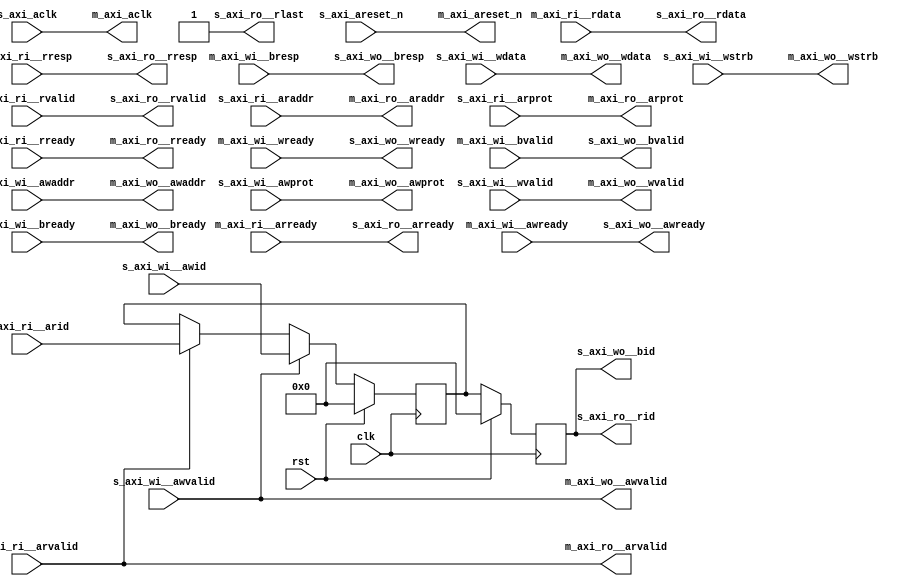
/* Generated by Yosys 0.8+     369 (git sha1 ea0e0722, clang 10.0.1 -fPIC -Os) */

(* \nmigen.hierarchy  = "top" *)
(* top =  1  *)
(* generator = "nMigen" *)
module top(s_axi_ri__arid, s_axi_wi__awvalid, s_axi_wi__awid, s_axi_aclk, s_axi_areset_n, m_axi_ri__arready, m_axi_ri__rdata, m_axi_ri__rresp, m_axi_ri__rvalid, s_axi_ri__araddr, s_axi_ri__arprot, s_axi_ri__rready, m_axi_wi__awready, m_axi_wi__wready, m_axi_wi__bresp, m_axi_wi__bvalid, s_axi_wi__awaddr, s_axi_wi__awprot, s_axi_wi__wdata, s_axi_wi__wstrb, s_axi_wi__wvalid, s_axi_wi__bready, rst, clk, s_axi_ro__arready, s_axi_ro__rid, s_axi_ro__rdata, s_axi_ro__rlast, s_axi_ro__rresp, s_axi_ro__rvalid, s_axi_wo__awready, s_axi_wo__wready, s_axi_wo__bid, s_axi_wo__bresp, s_axi_wo__bvalid, m_axi_ro__araddr, m_axi_ro__arprot, m_axi_ro__arvalid, m_axi_ro__rready, m_axi_wo__awaddr, m_axi_wo__awprot, m_axi_wo__awvalid, m_axi_wo__wdata, m_axi_wo__wstrb, m_axi_wo__wvalid, m_axi_wo__bready, m_axi_aclk, m_axi_areset_n, s_axi_ri__arvalid);
  (* src = "axi_lite.py:53" *)
  reg \$next\m_axi_aclk ;
  (* src = "axi_lite.py:54" *)
  reg \$next\m_axi_areset_n ;
  (* src = "nmigen/hdl/rec.py:84" *)
  reg [31:0] \$next\m_axi_ro__araddr ;
  (* src = "nmigen/hdl/rec.py:84" *)
  reg [2:0] \$next\m_axi_ro__arprot ;
  (* src = "nmigen/hdl/rec.py:84" *)
  reg \$next\m_axi_ro__arvalid ;
  (* src = "nmigen/hdl/rec.py:84" *)
  reg \$next\m_axi_ro__rready ;
  (* src = "nmigen/hdl/rec.py:84" *)
  reg [31:0] \$next\m_axi_wo__awaddr ;
  (* src = "nmigen/hdl/rec.py:84" *)
  reg [2:0] \$next\m_axi_wo__awprot ;
  (* src = "nmigen/hdl/rec.py:84" *)
  reg \$next\m_axi_wo__awvalid ;
  (* src = "nmigen/hdl/rec.py:84" *)
  reg \$next\m_axi_wo__bready ;
  (* src = "nmigen/hdl/rec.py:84" *)
  reg [31:0] \$next\m_axi_wo__wdata ;
  (* src = "nmigen/hdl/rec.py:84" *)
  reg [3:0] \$next\m_axi_wo__wstrb ;
  (* src = "nmigen/hdl/rec.py:84" *)
  reg \$next\m_axi_wo__wvalid ;
  (* src = "axi_lite.py:97" *)
  reg [11:0] \$next\rwid ;
  (* src = "nmigen/hdl/rec.py:84" *)
  reg \$next\s_axi_ro__arready ;
  (* src = "nmigen/hdl/rec.py:84" *)
  reg [31:0] \$next\s_axi_ro__rdata ;
  (* src = "nmigen/hdl/rec.py:84" *)
  reg [11:0] \$next\s_axi_ro__rid ;
  (* src = "nmigen/hdl/rec.py:84" *)
  reg \$next\s_axi_ro__rlast ;
  (* src = "nmigen/hdl/rec.py:84" *)
  reg [1:0] \$next\s_axi_ro__rresp ;
  (* src = "nmigen/hdl/rec.py:84" *)
  reg \$next\s_axi_ro__rvalid ;
  (* src = "nmigen/hdl/rec.py:84" *)
  reg \$next\s_axi_wo__awready ;
  (* src = "nmigen/hdl/rec.py:84" *)
  reg [11:0] \$next\s_axi_wo__bid ;
  (* src = "nmigen/hdl/rec.py:84" *)
  reg [1:0] \$next\s_axi_wo__bresp ;
  (* src = "nmigen/hdl/rec.py:84" *)
  reg \$next\s_axi_wo__bvalid ;
  (* src = "nmigen/hdl/rec.py:84" *)
  reg \$next\s_axi_wo__wready ;
  (* init = 1'h0 *)
  reg \$verilog_initial_trigger  = 1'h0;
  (* src = "nmigen/hdl/ir.py:329" *)
  input clk;
  (* src = "axi_lite.py:53" *)
  output m_axi_aclk;
  (* src = "axi_lite.py:54" *)
  output m_axi_areset_n;
  (* src = "nmigen/hdl/rec.py:84" *)
  input m_axi_ri__arready;
  (* src = "nmigen/hdl/rec.py:84" *)
  input [31:0] m_axi_ri__rdata;
  (* src = "nmigen/hdl/rec.py:84" *)
  input [1:0] m_axi_ri__rresp;
  (* src = "nmigen/hdl/rec.py:84" *)
  input m_axi_ri__rvalid;
  (* src = "nmigen/hdl/rec.py:84" *)
  output [31:0] m_axi_ro__araddr;
  (* src = "nmigen/hdl/rec.py:84" *)
  output [2:0] m_axi_ro__arprot;
  (* src = "nmigen/hdl/rec.py:84" *)
  output m_axi_ro__arvalid;
  (* src = "nmigen/hdl/rec.py:84" *)
  output m_axi_ro__rready;
  (* src = "nmigen/hdl/rec.py:84" *)
  input m_axi_wi__awready;
  (* src = "nmigen/hdl/rec.py:84" *)
  input [1:0] m_axi_wi__bresp;
  (* src = "nmigen/hdl/rec.py:84" *)
  input m_axi_wi__bvalid;
  (* src = "nmigen/hdl/rec.py:84" *)
  input m_axi_wi__wready;
  (* src = "nmigen/hdl/rec.py:84" *)
  output [31:0] m_axi_wo__awaddr;
  (* src = "nmigen/hdl/rec.py:84" *)
  output [2:0] m_axi_wo__awprot;
  (* src = "nmigen/hdl/rec.py:84" *)
  output m_axi_wo__awvalid;
  (* src = "nmigen/hdl/rec.py:84" *)
  output m_axi_wo__bready;
  (* src = "nmigen/hdl/rec.py:84" *)
  output [31:0] m_axi_wo__wdata;
  (* src = "nmigen/hdl/rec.py:84" *)
  output [3:0] m_axi_wo__wstrb;
  (* src = "nmigen/hdl/rec.py:84" *)
  output m_axi_wo__wvalid;
  (* src = "nmigen/hdl/ir.py:329" *)
  input rst;
  (* init = 12'h000 *)
  (* src = "axi_lite.py:97" *)
  reg [11:0] rwid = 12'h000;
  (* src = "axi_lite.py:43" *)
  input s_axi_aclk;
  (* src = "axi_lite.py:44" *)
  input s_axi_areset_n;
  (* src = "nmigen/hdl/rec.py:84" *)
  input [31:0] s_axi_ri__araddr;
  (* src = "nmigen/hdl/rec.py:84" *)
  input [11:0] s_axi_ri__arid;
  (* src = "nmigen/hdl/rec.py:84" *)
  input [2:0] s_axi_ri__arprot;
  (* src = "nmigen/hdl/rec.py:84" *)
  input s_axi_ri__arvalid;
  (* src = "nmigen/hdl/rec.py:84" *)
  input s_axi_ri__rready;
  (* src = "nmigen/hdl/rec.py:84" *)
  output s_axi_ro__arready;
  (* src = "nmigen/hdl/rec.py:84" *)
  output [31:0] s_axi_ro__rdata;
  (* init = 12'h000 *)
  (* src = "nmigen/hdl/rec.py:84" *)
  output [11:0] s_axi_ro__rid;
  reg [11:0] s_axi_ro__rid = 12'h000;
  (* src = "nmigen/hdl/rec.py:84" *)
  output s_axi_ro__rlast;
  (* src = "nmigen/hdl/rec.py:84" *)
  output [1:0] s_axi_ro__rresp;
  (* src = "nmigen/hdl/rec.py:84" *)
  output s_axi_ro__rvalid;
  (* src = "nmigen/hdl/rec.py:84" *)
  input [31:0] s_axi_wi__awaddr;
  (* src = "nmigen/hdl/rec.py:84" *)
  input [11:0] s_axi_wi__awid;
  (* src = "nmigen/hdl/rec.py:84" *)
  input [2:0] s_axi_wi__awprot;
  (* src = "nmigen/hdl/rec.py:84" *)
  input s_axi_wi__awvalid;
  (* src = "nmigen/hdl/rec.py:84" *)
  input s_axi_wi__bready;
  (* src = "nmigen/hdl/rec.py:84" *)
  input [31:0] s_axi_wi__wdata;
  (* src = "nmigen/hdl/rec.py:84" *)
  input [3:0] s_axi_wi__wstrb;
  (* src = "nmigen/hdl/rec.py:84" *)
  input s_axi_wi__wvalid;
  (* src = "nmigen/hdl/rec.py:84" *)
  output s_axi_wo__awready;
  (* init = 12'h000 *)
  (* src = "nmigen/hdl/rec.py:84" *)
  output [11:0] s_axi_wo__bid;
  reg [11:0] s_axi_wo__bid = 12'h000;
  (* src = "nmigen/hdl/rec.py:84" *)
  output [1:0] s_axi_wo__bresp;
  (* src = "nmigen/hdl/rec.py:84" *)
  output s_axi_wo__bvalid;
  (* src = "nmigen/hdl/rec.py:84" *)
  output s_axi_wo__wready;
  always @(posedge clk)
      s_axi_wo__bid <= \$next\s_axi_wo__bid ;
  always @(posedge clk)
      s_axi_ro__rid <= \$next\s_axi_ro__rid ;
  always @(posedge clk)
      rwid <= \$next\rwid ;
  always @* begin
    \$next\rwid  = rwid;
    casez (s_axi_ri__arvalid)
      1'h1:
          \$next\rwid  = s_axi_ri__arid;
    endcase
    casez (s_axi_wi__awvalid)
      1'h1:
          \$next\rwid  = s_axi_wi__awid;
    endcase
    casez (rst)
      1'h1:
          \$next\rwid  = 12'h000;
    endcase
  end
  always @* begin
    \$next\s_axi_ro__rid  = s_axi_ro__rid;
    \$next\s_axi_ro__rid  = rwid;
    casez (rst)
      1'h1:
          \$next\s_axi_ro__rid  = 12'h000;
    endcase
  end
  always @* begin
    \$next\m_axi_ro__araddr  = 32'd0;
    \$next\m_axi_ro__araddr  = s_axi_ri__araddr;
  end
  always @* begin
    \$next\m_axi_ro__arprot  = 3'h0;
    \$next\m_axi_ro__arprot  = s_axi_ri__arprot;
  end
  always @* begin
    \$next\m_axi_ro__arvalid  = 1'h0;
    \$next\m_axi_ro__arvalid  = s_axi_ri__arvalid;
  end
  always @* begin
    \$next\m_axi_ro__rready  = 1'h0;
    \$next\m_axi_ro__rready  = s_axi_ri__rready;
  end
  always @* begin
    \$next\s_axi_wo__awready  = 1'h0;
    \$next\s_axi_wo__awready  = m_axi_wi__awready;
  end
  always @* begin
    \$next\s_axi_wo__wready  = 1'h0;
    \$next\s_axi_wo__wready  = m_axi_wi__wready;
  end
  always @* begin
    \$next\s_axi_wo__bresp  = 2'h0;
    \$next\s_axi_wo__bresp  = m_axi_wi__bresp;
  end
  always @* begin
    \$next\s_axi_wo__bvalid  = 1'h0;
    \$next\s_axi_wo__bvalid  = m_axi_wi__bvalid;
  end
  always @* begin
    \$next\m_axi_wo__awaddr  = 32'd0;
    \$next\m_axi_wo__awaddr  = s_axi_wi__awaddr;
  end
  always @* begin
    \$next\m_axi_wo__awprot  = 3'h0;
    \$next\m_axi_wo__awprot  = s_axi_wi__awprot;
  end
  always @* begin
    \$next\s_axi_wo__bid  = s_axi_wo__bid;
    \$next\s_axi_wo__bid  = rwid;
    casez (rst)
      1'h1:
          \$next\s_axi_wo__bid  = 12'h000;
    endcase
  end
  always @* begin
    \$next\m_axi_wo__awvalid  = 1'h0;
    \$next\m_axi_wo__awvalid  = s_axi_wi__awvalid;
  end
  always @* begin
    \$next\m_axi_wo__wdata  = 32'd0;
    \$next\m_axi_wo__wdata  = s_axi_wi__wdata;
  end
  always @* begin
    \$next\m_axi_wo__wstrb  = 4'h0;
    \$next\m_axi_wo__wstrb  = s_axi_wi__wstrb;
  end
  always @* begin
    \$next\m_axi_wo__wvalid  = 1'h0;
    \$next\m_axi_wo__wvalid  = s_axi_wi__wvalid;
  end
  always @* begin
    \$next\m_axi_wo__bready  = 1'h0;
    \$next\m_axi_wo__bready  = s_axi_wi__bready;
  end
  always @* begin
    \$next\m_axi_aclk  = 1'h0;
    \$next\m_axi_aclk  = s_axi_aclk;
  end
  always @* begin
    \$next\m_axi_areset_n  = 1'h0;
    \$next\m_axi_areset_n  = s_axi_areset_n;
  end
  always @* begin
    \$next\s_axi_ro__arready  = 1'h0;
    \$next\s_axi_ro__arready  = m_axi_ri__arready;
  end
  always @* begin
    \$next\s_axi_ro__rdata  = 32'd0;
    \$next\s_axi_ro__rdata  = m_axi_ri__rdata;
  end
  always @* begin
    \$next\s_axi_ro__rlast  = 1'h0;
    \$next\s_axi_ro__rlast  = 1'h1;
    \$verilog_initial_trigger  = \$verilog_initial_trigger ;
  end
  always @* begin
    \$next\s_axi_ro__rresp  = 2'h0;
    \$next\s_axi_ro__rresp  = m_axi_ri__rresp;
  end
  always @* begin
    \$next\s_axi_ro__rvalid  = 1'h0;
    \$next\s_axi_ro__rvalid  = m_axi_ri__rvalid;
  end
  assign m_axi_wo__bready = \$next\m_axi_wo__bready ;
  assign m_axi_wo__wvalid = \$next\m_axi_wo__wvalid ;
  assign m_axi_wo__wstrb = \$next\m_axi_wo__wstrb ;
  assign m_axi_wo__wdata = \$next\m_axi_wo__wdata ;
  assign m_axi_wo__awvalid = \$next\m_axi_wo__awvalid ;
  assign m_axi_wo__awprot = \$next\m_axi_wo__awprot ;
  assign m_axi_wo__awaddr = \$next\m_axi_wo__awaddr ;
  assign s_axi_wo__bvalid = \$next\s_axi_wo__bvalid ;
  assign s_axi_wo__bresp = \$next\s_axi_wo__bresp ;
  assign s_axi_wo__wready = \$next\s_axi_wo__wready ;
  assign s_axi_wo__awready = \$next\s_axi_wo__awready ;
  assign m_axi_ro__rready = \$next\m_axi_ro__rready ;
  assign m_axi_ro__arvalid = \$next\m_axi_ro__arvalid ;
  assign m_axi_ro__arprot = \$next\m_axi_ro__arprot ;
  assign m_axi_ro__araddr = \$next\m_axi_ro__araddr ;
  assign s_axi_ro__rvalid = \$next\s_axi_ro__rvalid ;
  assign s_axi_ro__rresp = \$next\s_axi_ro__rresp ;
  assign s_axi_ro__rlast = \$next\s_axi_ro__rlast ;
  assign s_axi_ro__rdata = \$next\s_axi_ro__rdata ;
  assign s_axi_ro__arready = \$next\s_axi_ro__arready ;
  assign m_axi_areset_n = \$next\m_axi_areset_n ;
  assign m_axi_aclk = \$next\m_axi_aclk ;
endmodule